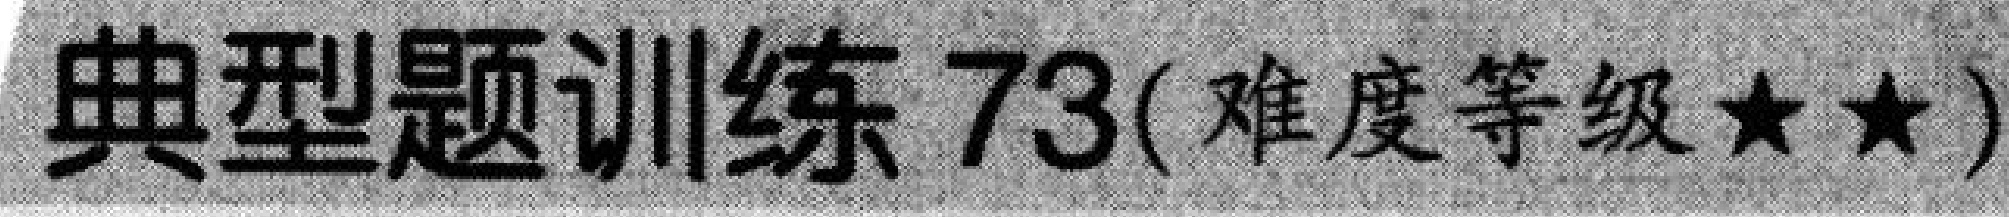
典型题训练73(难度等级★★)